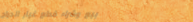
بيع وشراء قطع غيار الدراج